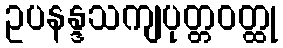
ဥပနန္ဒသကျပုတ္တဝတ္ထု